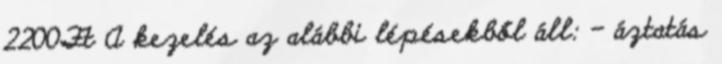
2200Ft A kezelés az alábbi lépésekből áll: - áztatás